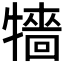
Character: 𤛷